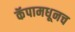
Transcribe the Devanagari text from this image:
कॅपामधूनच